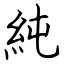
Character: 純